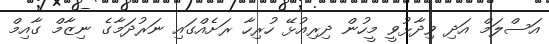
އަސްލަމް އަދި ވިދާޅުވީ މީހުން ދިރިއުޅޭ ހުރިހާ ރަށެއްގައި ނަރުދަމާގެ ނިޒާމް ގާއިމް